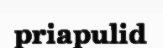
priapulid